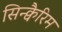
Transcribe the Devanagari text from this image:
सिन्क्वैरिम